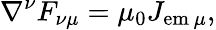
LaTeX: \nabla^{\nu}F_{\nu\mu}=\mu_{0}J_{\mathrm{em}\, \mu},